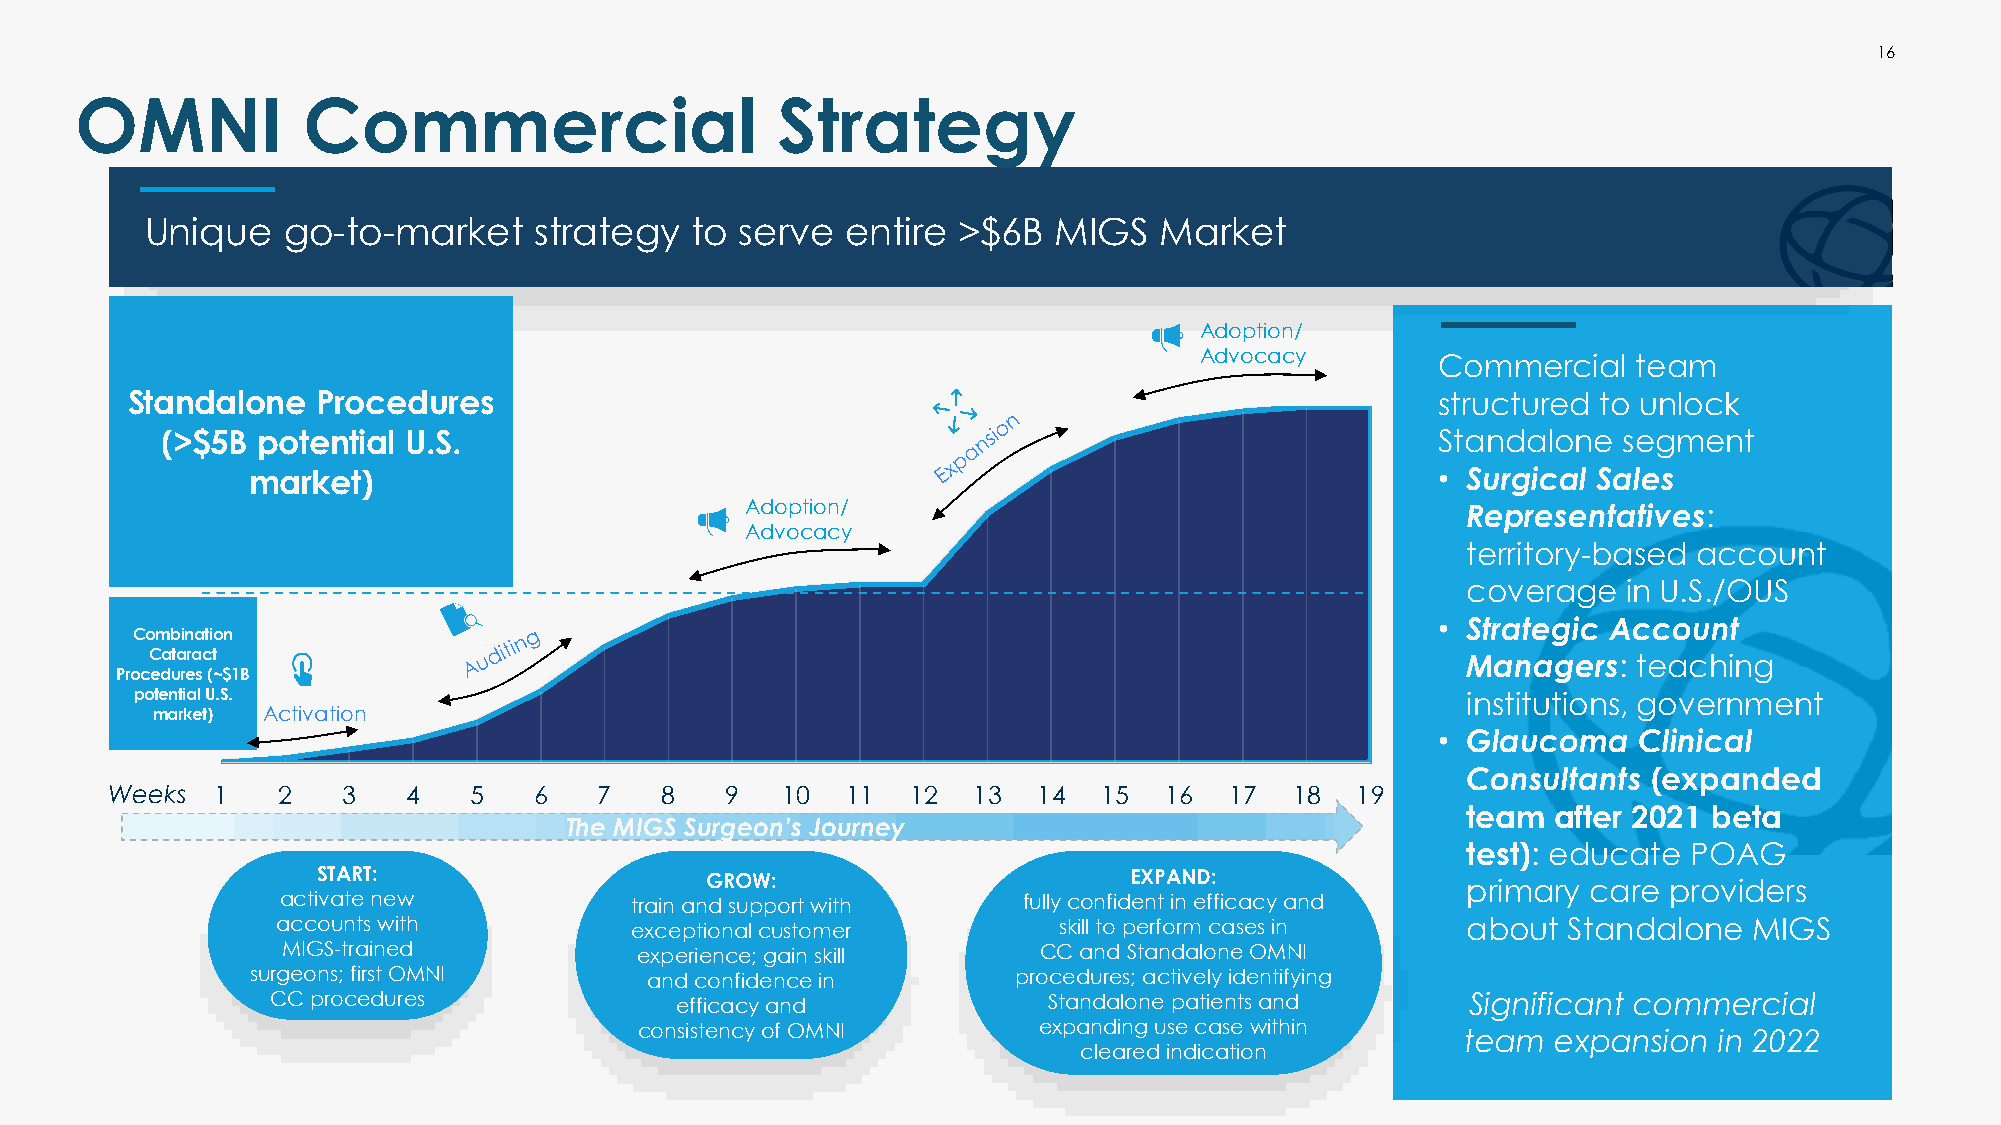
16
 OMNI           Commercial                     Strategy
 Unique   go-to-market    strategy   to serve  entire >$6B   MIGS   Market
 Adoption/
 Advocacy        Commercial   team
 Standalone   Procedures                                                                structured to unlock
 (>$5B potential U.S.                                                                Standalone  segment
 market)                                                                        • Surgical Sales
 Adoption/                                       Representatives:
 Advocacy
 territory-based account
 coverage   in U.S./OUS
 • Strategic Account
 Combination
 Cataract                                                                               Managers:  teaching
 Procedures (~$1B
 potential U.S.                                                                          institutions, government
 market) Activation
 • Glaucoma   Clinical
 Consultants (expanded
 Weeks  1   2    3   4   5   6    7   8   9   10  11  12  13   14  15  16  17   18  19
 team  after 2021 beta
 The MIGS Surgeon’s Journey
 test): educate POAG
 START:                    GROW:                       EXPAND:               primary care providers
 activate new           train and support with    fully confident in efficacy and
 accounts with           exceptional customer        skill to perform cases in  about  Standalone  MIGS
 MIGS-trained           experience; gain skill     CC and Standalone OMNI
 surgeons; first OMNI      and confidence in       procedures; actively identifying
 CC procedures              efficacy and            Standalone patients and     Significant commercial
 consistency of OMNI        expanding use case within   team  expansion  in 2022
 cleared indication